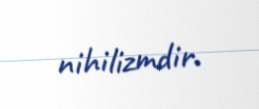
nihilizmdir.